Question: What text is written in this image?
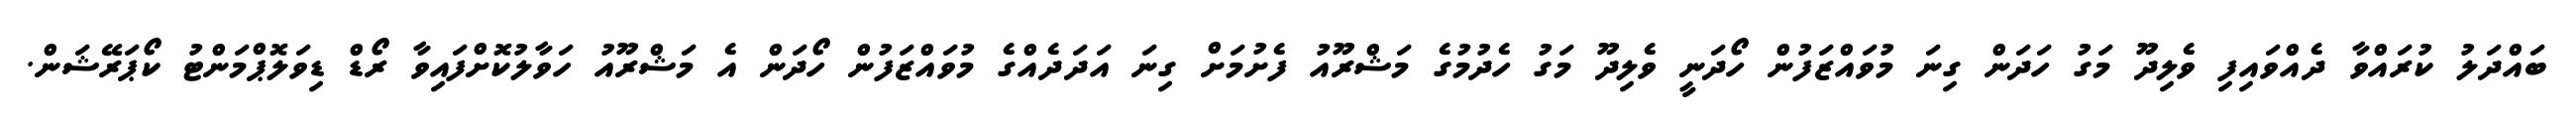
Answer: ބައްދަލު ކުރައްވާ ދެއްވައިފި ވެލިދޫ މަގު ހަދަން ގިނަ މުވައްޒަފުން ހޯދަނީ ވެލިދޫ މަގު ހެދުމުގެ މަޝްރޫއު ފެށުމަށް ގިނަ އަދަދެއްގެ މުވައްޒަފުން ހޯދަން އެ މަޝްރޫއު ހަވާލުކޮށްފައިވާ ރޯޑް ޑިވަލޮޕްމަންޓު ކޯޕަރޭޝަން.